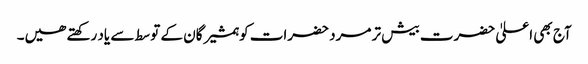
آج بھی اعلیٰ حضرت بیش تر مرد حضرات کو ہمشیرگان کے توسط سے یاد رکھتے ھیں۔